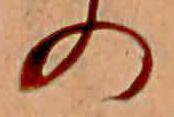
の